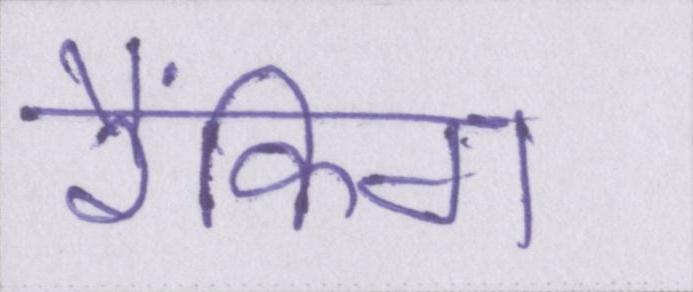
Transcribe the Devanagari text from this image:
रैंकिग